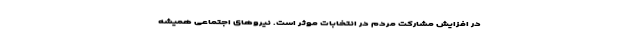
در افزایش مشارکت مردم در انتخابات موثر است. نیروهای اجتماعی همیشه